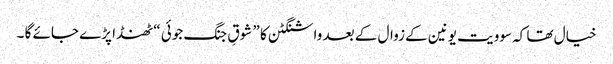
خیال تھا کہ سوویت یونین کے زوال کے بعد واشنگٹن کا ” شوقِ جنگ جوئی “ ٹھنڈا پڑے جائے گا ۔